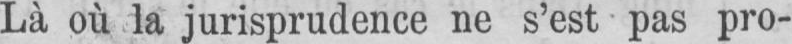
Là où la jurisprudence ne s’est pas pro-